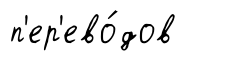
п'ер'ево́дов